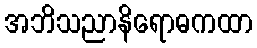
အဘိသညာနိရောဓကထာ